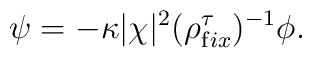
\psi = -\kappa|\chi|^2(\rho^\tau_{\mathrm fix})^{-1}\phi.